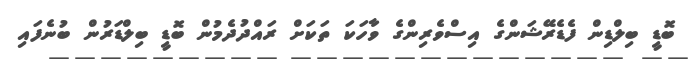
ބޮޑީ ބިލްޑިން ފެޑެރޭޝަންގެ އިސްވެރިންގެ ވާހަކަ ތަކަށް ރައްދުދެމުން ބޮޑީ ބިލްޑަރުން ބުނެފައި